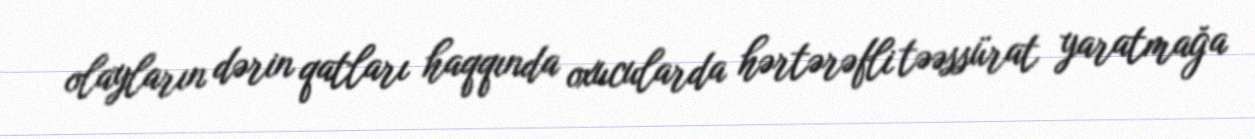
olayların dərin qatları haqqında oxucularda hərtərəfli təəssürat yaratmağa